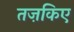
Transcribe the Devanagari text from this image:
तज़किए